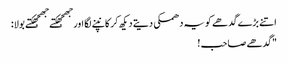
اتنے بڑے گدھے کو یہ دھمکی دیتے دیکھ کر کانپنے لگا اور جھجھکتے جھجھکتے بولا:
"گدھے صاحب !